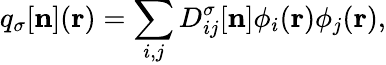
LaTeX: {\displaystyle{q}_{\sigma}[{\mathbf n}]({\mathbf r})=\sum_{i,j}D_{ij}^{\sigma}[{\mathbf n}]\phi_{i}({\mathbf r})\phi_{j}({\mathbf r})},